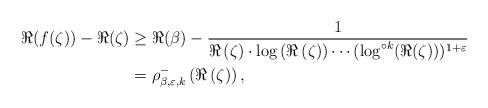
LaTeX: \begin{align*}\Re(f(\zeta))-\Re(\zeta) & \ge \Re(\beta) -\frac{1}{\Re\left(\zeta\right)\cdot\log\left(\Re\left(\zeta\right)\right)\cdots(\log^{\circ k}(\Re(\zeta))){}^{1+\varepsilon}} \\& =\rho_{\beta ,\varepsilon,k}^{-}\left(\Re\left(\zeta\right)\right) , \end{align*}